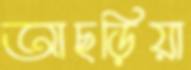
আছড়িয়া